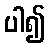
ပါ၍